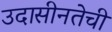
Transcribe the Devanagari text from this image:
उदासीनतेची